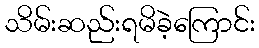
သိမ်းဆည်းရမိခဲ့ကြောင်း